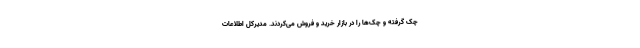
چک گرفته و چک‌ها را در بازار خرید و فروش می‌کردند. مدیرکل اطلاعات